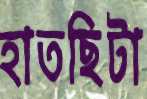
হাতছিটা